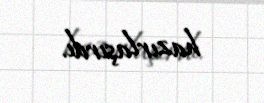
hazırlaşırdı.